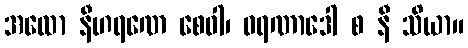
အထော နီဟရဏေ စေဝါ၊ ဝရဏာဒေါ စ နီ သိယာ။